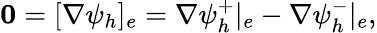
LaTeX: {\mathbf 0}=[\nabla\psi_{h}]_{e}=\nabla\psi_{h}^{+}|_{e}-\nabla\psi_{h}^{-}|_{e},